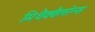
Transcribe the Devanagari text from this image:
मिथैक्वैलोन्स